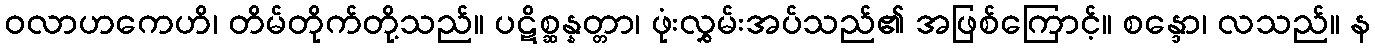
ဝလာဟကေဟိ၊ တိမ်တိုက်တို့သည်။ ပဋိစ္ဆန္နတ္တာ၊ ဖုံးလွှမ်းအပ်သည်၏ အဖြစ်ကြောင့်။ စန္ဒော၊ လသည်။ န